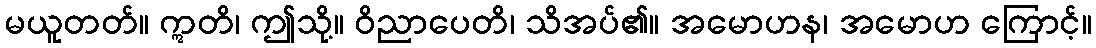
မယူတတ်။ ဣတိ၊ ဤသို့။ ဝိညာပေတိ၊ သိအပ်၏။ အမောဟန၊ အမောဟ ကြောင့်။